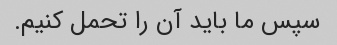
سپس ما باید آن را تحمل کنیم.